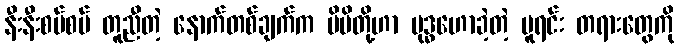
နီးနီးစပ်စပ် တူညီတဲ့ နောက်တစ်ချက်က မိမိတို့ဟာ ဗုဒ္ဓဟောခဲ့တဲ့ မူရင်း တရားတွေကို